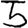
Digit: 5